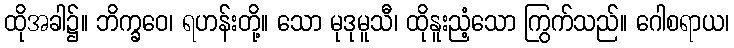
ထိုအခါ၌။ ဘိက္ခဝေ၊ ရဟန်းတို့။ သော မုဒုမူသီ၊ ထိုနူးညံ့သော ကြွက်သည်။ ဂေါစရာယ၊